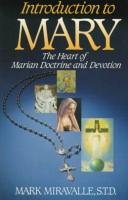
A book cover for Introduction to Mary: The Heart of Marian Doctrine and Devotion; Mark Miravalle; Christian Books & Bibles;